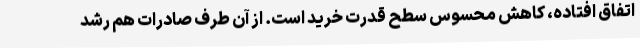
اتفاق افتاده، کاهش محسوس سطح قدرت خرید است. از آن طرف صادرات هم رشد